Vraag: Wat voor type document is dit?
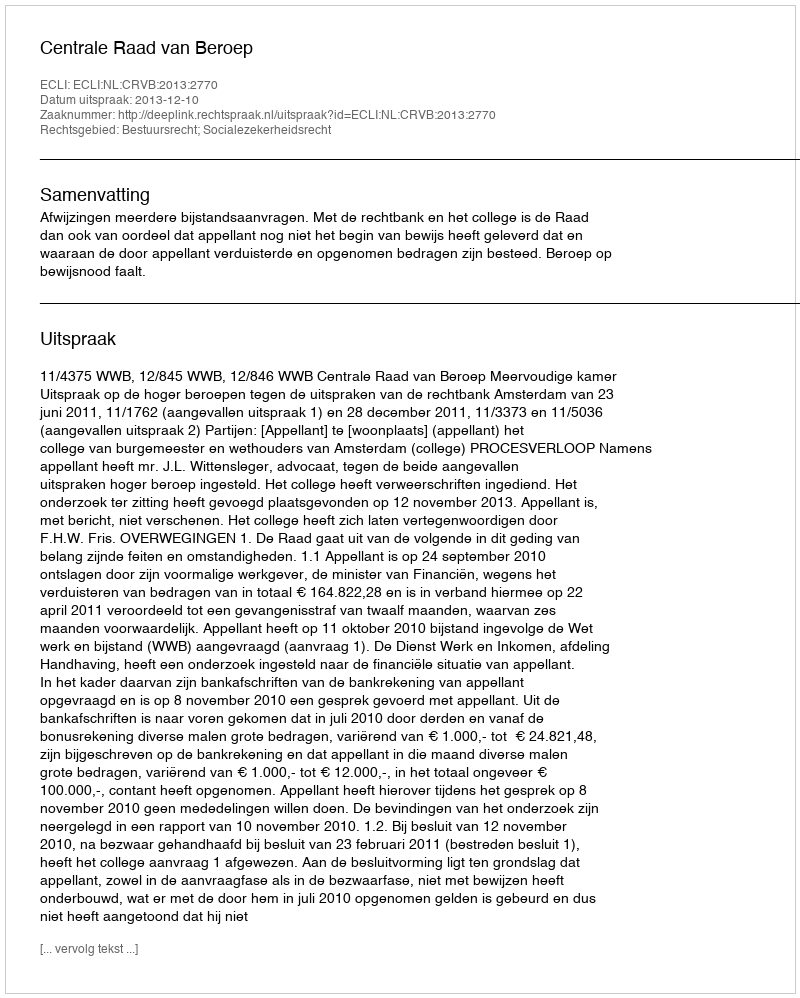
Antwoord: Uitspraak